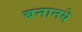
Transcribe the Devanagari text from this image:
बनानये